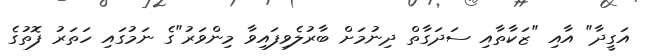
އަގީދާ" އާއި "ޒަކާތާއި ސަދަގާތް ދިނުމަށް ބާރުލެވިފައިވާ މިންވަރު"ގެ ނަމުގައި ހަތަރު ފޮތުގެ